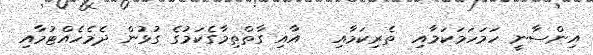
އިންސާނީ ހަމަހަމަކަމާއި  ތެރިކަމާއި   އާއި ގާތްތިމާގެކަމުގެ ގުޅުން ދެމެހެއްޓުމާއި